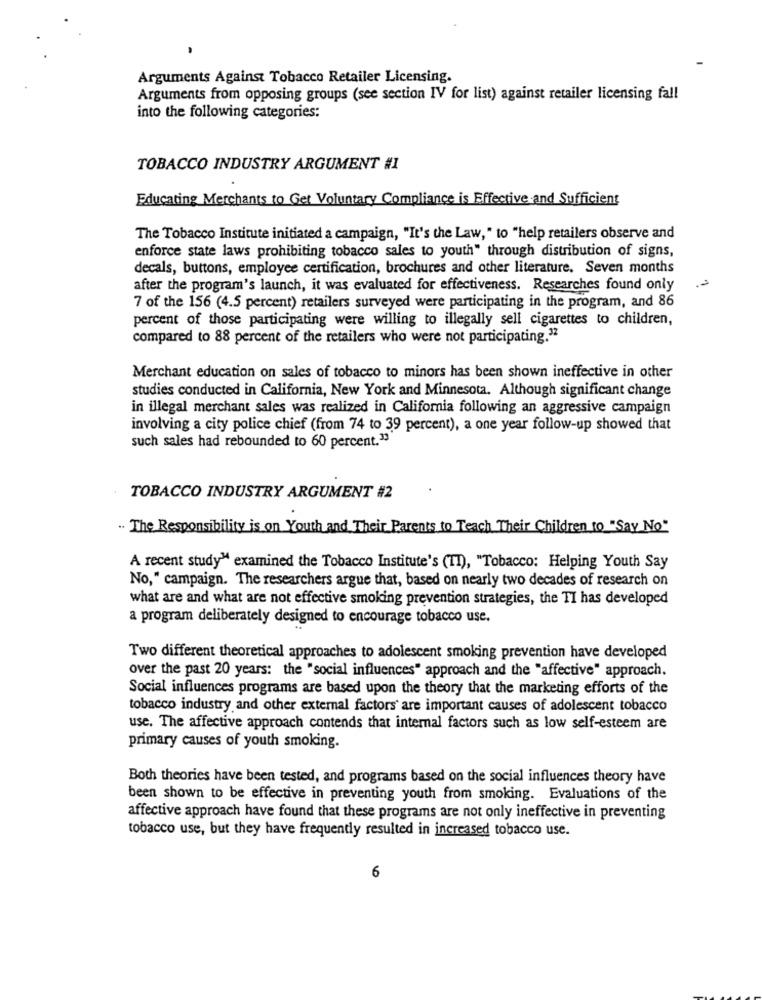
Arguments Against Tobacco Retailer Licensing.
Arguments from opposing groups (see section IV for list) against retailer licensing fall
into the following categories:
TOBACCO INDUSTRY ARGUMENT #1
Educating Merchants to Get Voluntary Compliance is Effective and Sufficient
The Tobacco Institute initiated a campaign, "It's the Law, " to "help retailers observe and
enforce state laws prohibiting tobacco sales to youth" through distribution of signs,
decals, buttons, employee certification, brochures and other literature. Seven months
after the program's launch, it was evaluated for effectiveness. Researches found only
7 of the 156 (4.5 percent) retailers surveyed were participating in the program, and 86
percent of those participating were willing to illegally sell cigarettes to children,
compared to 88 percent of the retailers who were not participating."
Merchant education on sales of tobacco to minors has been shown ineffective in other
studies conducted in California, New York and Minnesota. Although significant change
in illegal merchant sales was realized in California following an aggressive campaign
involving a city police chief (from 74 to 39 percent), a one year follow-up showed that
such sales had rebounded to 60 percent.33
TOBACCO INDUSTRY ARGUMENT #2
.. The Responsibility is on Youth and Their Parents to Teach Their Children to "Say No"
A recent study" examined the Tobacco Institute's (TI), "Tobacco: Helping Youth Say
No," campaign. The researchers argue that, based on nearly two decades of research on
what are and what are not effective smoking prevention strategies, the TI has developed
a program deliberately designed to encourage tobacco use.
Two different theoretical approaches to adolescent smoking prevention have developed
over the past 20 years: the "social influences" approach and the "affective" approach.
Social influences programs are based upon the theory that the marketing efforts of the
tobacco industry and other external factors' are important causes of adolescent tobacco
use. The affective approach contends that internal factors such as low self-esteem are
primary causes of youth smoking.
Both theories have been tested, and programs based on the social influences theory have
been shown to be effective in preventing youth from smoking. Evaluations of the
affective approach have found that these programs are not only ineffective in preventing
tobacco use, but they have frequently resulted in increased tobacco use.
6